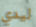
ليدي